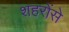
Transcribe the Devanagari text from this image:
शहरोंसे